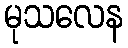
မုသလေန